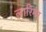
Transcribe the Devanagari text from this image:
लारिमर